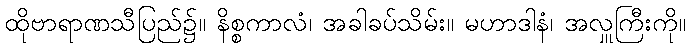
ထိုဗာရာဏသီပြည်၌။ နိစ္စကာလံ၊ အခါခပ်သိမ်း။ မဟာဒါနံ၊ အလှူကြီးကို။